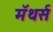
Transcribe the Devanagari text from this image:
मॅथर्स